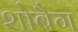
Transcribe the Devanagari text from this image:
शोबैग